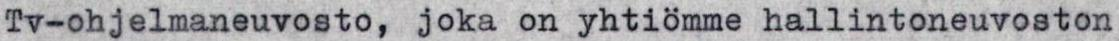
Tv-ohjelmaneuvosto, joka on yhtiömme hallintoneuvoston